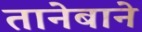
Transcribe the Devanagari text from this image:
तानेबाने